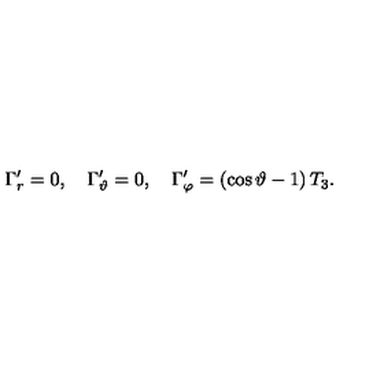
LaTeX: \Gamma _ { r } ^ { \prime } = 0 , \quad \Gamma _ { \vartheta } ^ { \prime } = 0 , \quad \Gamma _ { \varphi } ^ { \prime } = \left( \cos \vartheta - 1 \right) T _ { 3 } .